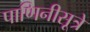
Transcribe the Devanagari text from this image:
पाणिनीसूत्रे